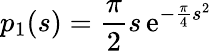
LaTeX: p_{1}(s)={\frac{\pi}{2}}s\, \mathrm{e}^{-{\frac{\pi}{4}}s^{2}}